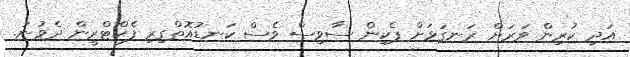
އަދި ކުރިން ވަރަށް ރަނގަޅަށް ޕެކިން ސާވިސް ވެސް ކަނޑުއޮތްގިރި ފެކްޓްރީން ދެވުނު.